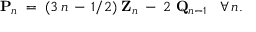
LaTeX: { \bf P } _ { n } \; = \; ( 3 \, n \, - \, 1 / 2 ) \; { \bf Z } _ { n } \; - \: 2 \; { \bf Q } _ { n - 1 } \; \; \; \forall \, n .